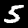
Label: 5